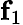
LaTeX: {\mathbf f}_{1}